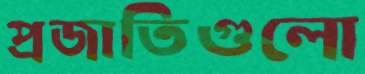
প্রজাতিগুলো